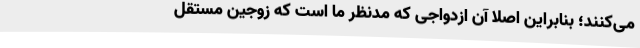
می‌کنند؛ بنابراین اصلا آن ازدواجی که مدنظر ما است که زوجین مستقل